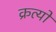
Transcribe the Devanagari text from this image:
क्रत्यों